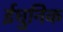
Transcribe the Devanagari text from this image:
ईधुनिक